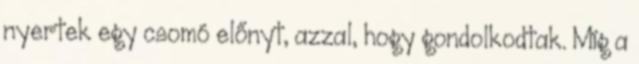
nyertek egy csomó előnyt, azzal, hogy gondolkodtak. Míg a